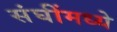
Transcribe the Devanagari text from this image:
संघींमध्ये